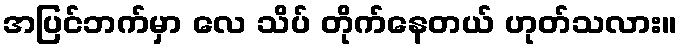
အပြင်ဘက်မှာ လေ သိပ် တိုက်နေတယ် ဟုတ်သလား။